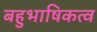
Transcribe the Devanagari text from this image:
बहुभाषिकत्व